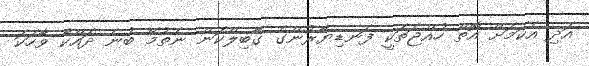
އަދި އެކަމަށް އޮތް ހުއްޖަތަކީ ފަނޑިޔާރުންގެ ގާބިލްކަން ނެތުމޭ ބުނެ ދައްކާ ވާހަކަ